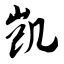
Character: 凯